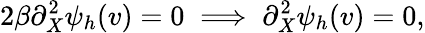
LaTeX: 2\beta\partial_{X}^{2}\psi_{h}(v)=0\implies\partial_{X}^{2}\psi_{h}(v)=0,